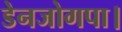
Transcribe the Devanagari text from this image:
डेनजोगपा।